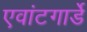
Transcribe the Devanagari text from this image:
एवांटगार्डे